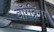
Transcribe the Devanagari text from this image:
वॉरब्रिंगर